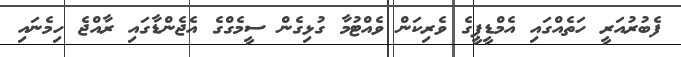
ފެބުރުއަރީ ހަތެއްގައި އެމްޑީޕީގެ ވެރިކަން ވެއްޓުމާ ގުޅިގެން ސީމެގްގެ އެޖެންޑާގައި ރާއްޖެ ހިމެނައި